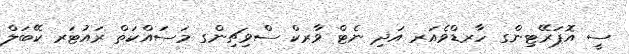
ސީ އޮޕަރޭޓިންގ ހާރޑްވެއަރ އަދި ނެޓް ވާރކް ސްވިޗިންގ މަސައްކަތް ރައުޓަރ ކޭބަލް